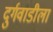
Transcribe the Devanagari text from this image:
दुर्गवाडीला